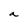
Character: a